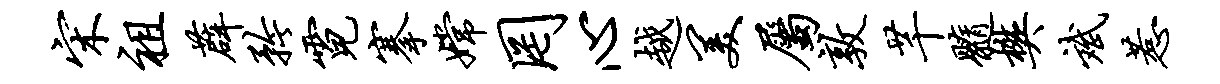
宋祖薜矜霓搴嫦罔心越美属敦芊髓樊斌惹